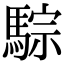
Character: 騌